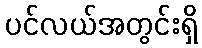
ပင်လယ်အတွင်းရှိ